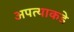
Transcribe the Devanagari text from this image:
अपत्याकडे